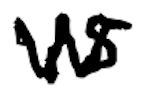
Text: is
Cross-out: zig-zag
Writing tool: digital_black